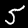
Digit: 5